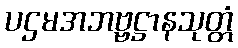
ပဌမအဘဗ္ဗဋ္ဌာနသုတ္တံ